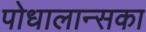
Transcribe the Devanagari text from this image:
पोधालान्सका